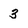
Character: 3